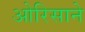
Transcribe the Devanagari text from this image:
ओरिसाने